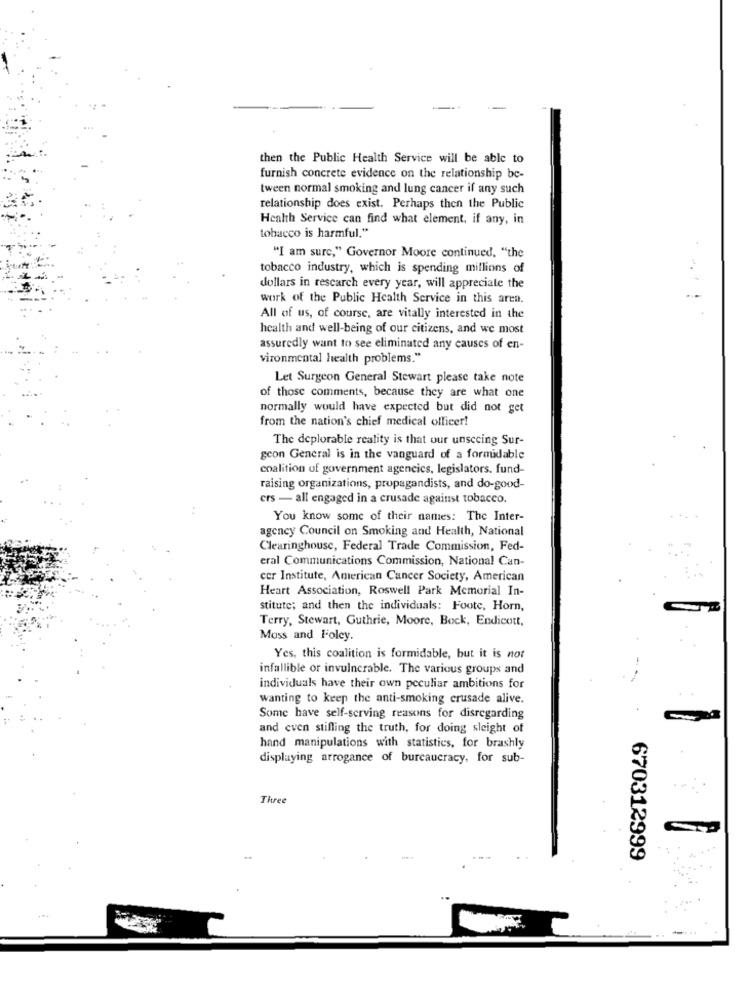
then the Public Health Service will be able to
furnish concrete evidence on the relationship be-
tween normal smoking and lung cancer if any such
relationship does exist. Perhaps then the Public
Health Service can find what element, if any, in
tobacco is harmful."
"I am sure," Governor Moore continued, "the
tobacco industry, which is spending millions of
dollars in rescarch every year, will appreciate the
work of the Public Health Service in this area.
All of us, of course, are vitally interested in the
health and well-being of our citizens, and we most
assuredly want to see eliminated any causes of en-
vironmental health problems."
Let Surgeon General Stewart please take note
of those comments, because they are what one
normally would have expected but did not get
from the nation's chief medical officer!
The deplorable reality is that our unsccing Sur-
geon General is in the vanguard of a formidable
coalition of government agencies, legislators. fund-
raising organizations, propagandists, and do-good-
crs - all engaged in a crusade against tobacco.
You know some of their names: The Inter-
agency Council on Smoking and Health, National
Clearinghouse, Federal Trade Commission, Fed-
eral Communications Commission, National Can-
cer Institute, American Cancer Society, American
Heart Association, Roswell Park Memorial In-
stitute; and then the individuals: Foote, Horn,
Terry, Stewart, Guthrie, Moore, Bock, Endicott,
Moss and Foley.
Yes, this coalition is formidable, but it is not
infallible or invulnerable. The various groups and
individuals have their own peculiar ambitions for
wanting to keep the anti-smoking crusade alive.
Some have self-serving reasons for disregarding
and even stifling the truth, for doing sleight of
hand manipulations with statistics, for brashly
displaying arrogance of bureaucracy, for sub-
Three
670312999